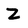
Character: Z